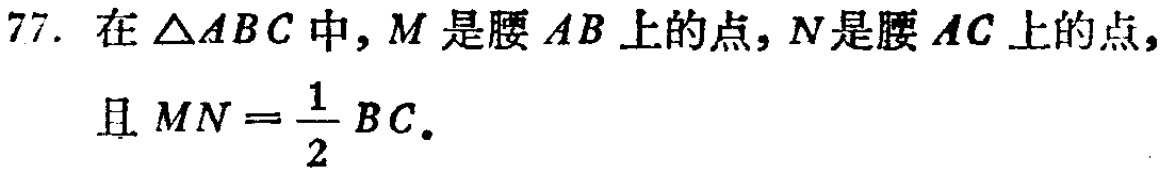
77. 在$\triangle ABC$中，$M$是腰$AB$上的点，$N$是腰$AC$上的点，且$MN = \frac{1}{2}BC.$